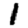
Digit: 1